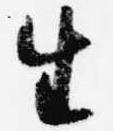
生